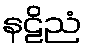
နဠိညံ